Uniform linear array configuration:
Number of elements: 64
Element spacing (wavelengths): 0.75
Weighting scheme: cosine
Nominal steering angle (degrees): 0
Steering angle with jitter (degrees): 1.605
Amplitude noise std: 0.05
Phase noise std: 0.05

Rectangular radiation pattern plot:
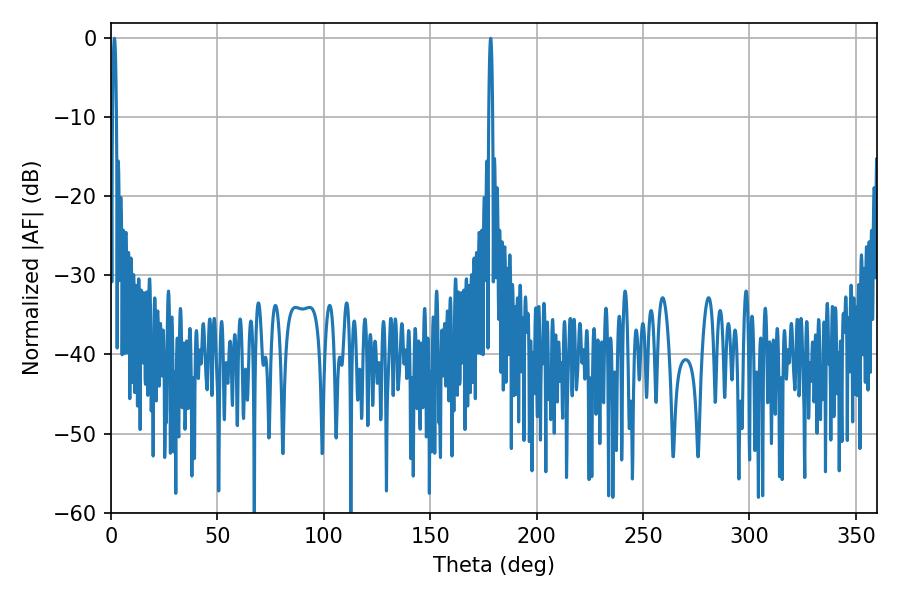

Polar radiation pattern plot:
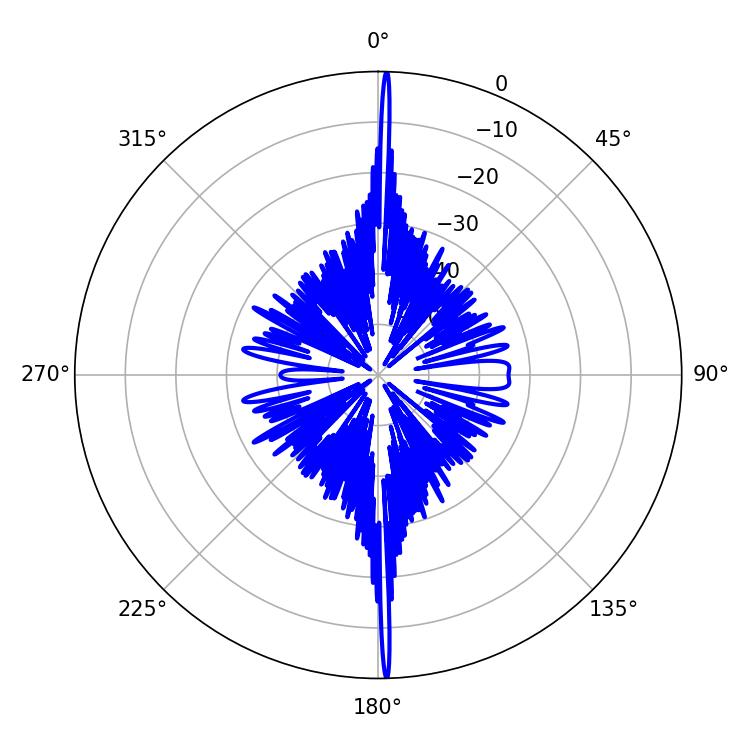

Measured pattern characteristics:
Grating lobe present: TRUE
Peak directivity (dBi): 32.166
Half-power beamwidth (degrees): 1.08
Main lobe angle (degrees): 1.62